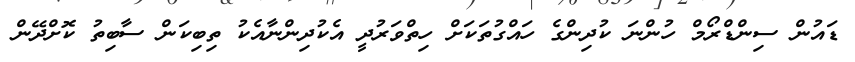
ޑައުން ސިންޑްރޯމް ހުންނަ ކުދިންގެ ހައްގުތަކަށް ހިތްވަރުދީ އެކުދިންނާއެކު ތިބިކަން ސާބިތު ކޮށްދޭން